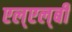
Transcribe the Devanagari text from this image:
एल्‌एल्‌बी